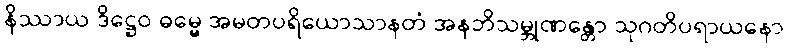
နိဿာယ ဒိဋ္ဌေဝ ဓမ္မေ အမတပရိယောသာနတံ အနဘိသမ္ဘုဏန္တော သုဂတိပရာယနော